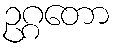
ဥဂ္ဂတော